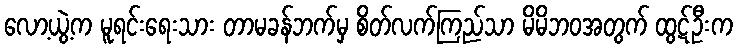
လော့ယွဲ့က မူရင်းရေးသား တာမခန်ဘက်မှ စိတ်လက်ကြည်သာ မိမိဘဝအတွက် ထွဋ်ဦးက